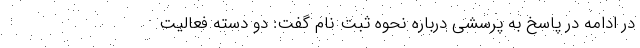
در ادامه در پاسخ به پرسشی درباره نحوه ثبت نام گفت: دو دسته فعالیت